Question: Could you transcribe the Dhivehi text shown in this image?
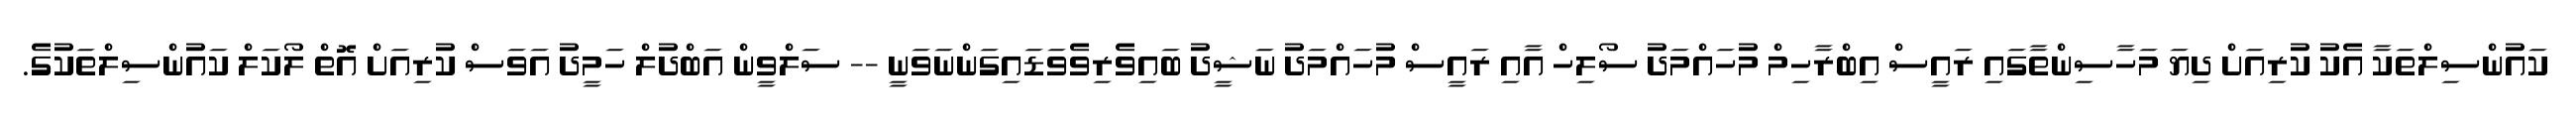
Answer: ކައުންސިލްތަކާ އެކު ކުރިއަށް ދިޔަ މަހާސިންތާގައި ރައީސް އިބްރާހިމް މުހައްމަދު ސޯލިހް އާއި ރައީސް މުހައްމަދު ނަޝީދު ބައިވެރިވެވަޑައިގަންނަވަނީ -- ސަލްވީން އަބްދުލް ހަމީދު އަވަސް ކުރިއަށް އޮތް ލޯކަލް ކައުންސިލްތަކުގެ.